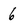
Character: 6